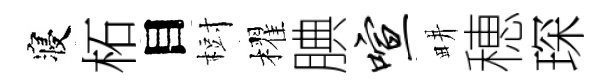
寝柘目𣗳櫂腆喧畊穂琛